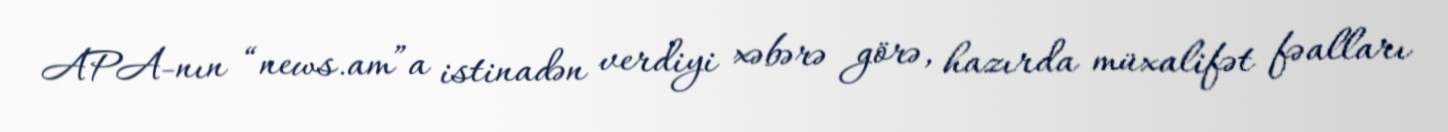
APA-nın “news.am”a istinadən verdiyi xəbərə görə, hazırda müxalifət fəalları